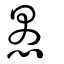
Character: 愚